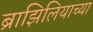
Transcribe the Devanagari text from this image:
ब्राझिलियाच्या